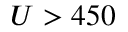
U > 4 5 0